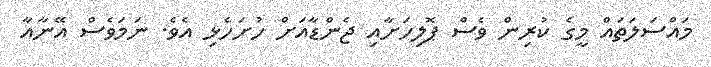
މައްސަލަތައް މީގެ ކުރިން ވެސް ޕޮލިހަށާއި ޖެންޑާއަށް ހުށަހެޅި އެވެ. ނަމަވެސް އޭނާއާ